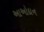
આઓદાન